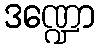
ဒဏ္ဍော